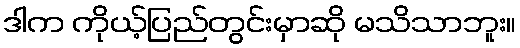
ဒါက ကိုယ့်ပြည်တွင်းမှာဆို မသိသာဘူး။